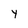
Character: Y